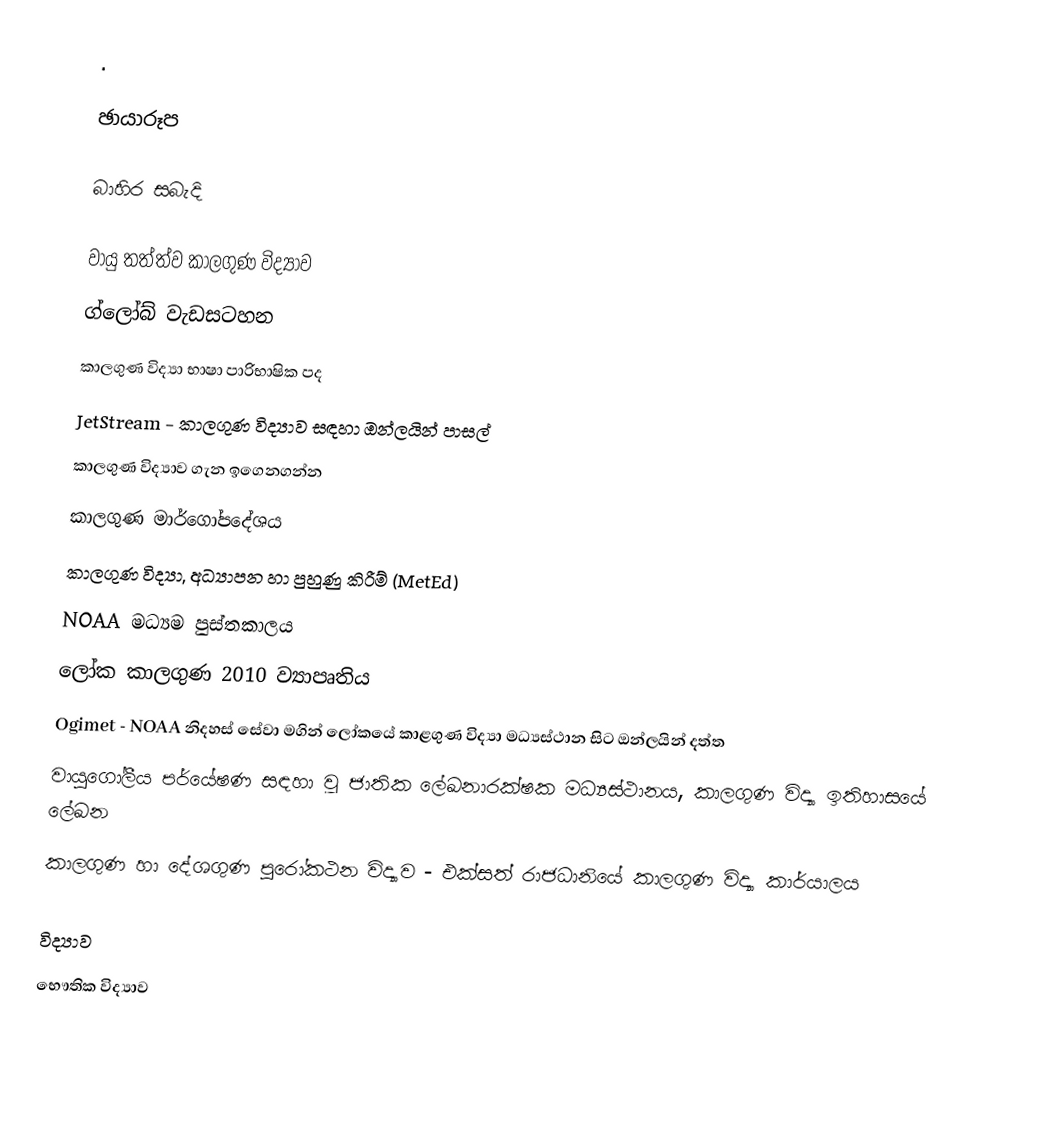
.

ඡායාරූප

බාහිර සබැදි

වායු තත්ත්ව කාලගුණ විද්‍යාව
ග්ලෝබ් වැඩසටහන
කාලගුණ විද්‍යා භාෂා පාරිභාෂික පද
JetStream - කාලගුණ විද්‍යාව සඳහා ඔන්ලයින් පාසල්
කාලගුණ විද්‍යාව ගැන ඉගෙනගන්න
කාලගුණ මාර්ගෝපදේශය
කාලගුණ විද්‍යා, අධ්‍යාපන හා පුහුණු කිරීම් (MetEd)
NOAA මධ්‍යම පුස්තකාලය
ලෝක කාලගුණ 2010 ව්‍යාපෘතිය
Ogimet - NOAA නිදහස් සේවා මගින් ලෝකයේ කාළගුණ විද්‍යා මධ්‍යස්ථාන සිට ඔන්ලයින් දත්ත
වායුගෝලීය පර්යේෂණ සඳහා වූ ජාතික ලේඛනාරක්ෂක මධ්‍යස්ථානය, කාලගුණ විද්‍යා ඉතිහාසයේ ලේඛන
කාලගුණ හා දේශගුණ පුරෝකථන විද්‍යාව - එක්සත් රාජධානියේ කාලගුණ විද්‍යා කාර්යාලය

විද්‍යාව
භෞතික විද්‍යාව